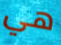
هي